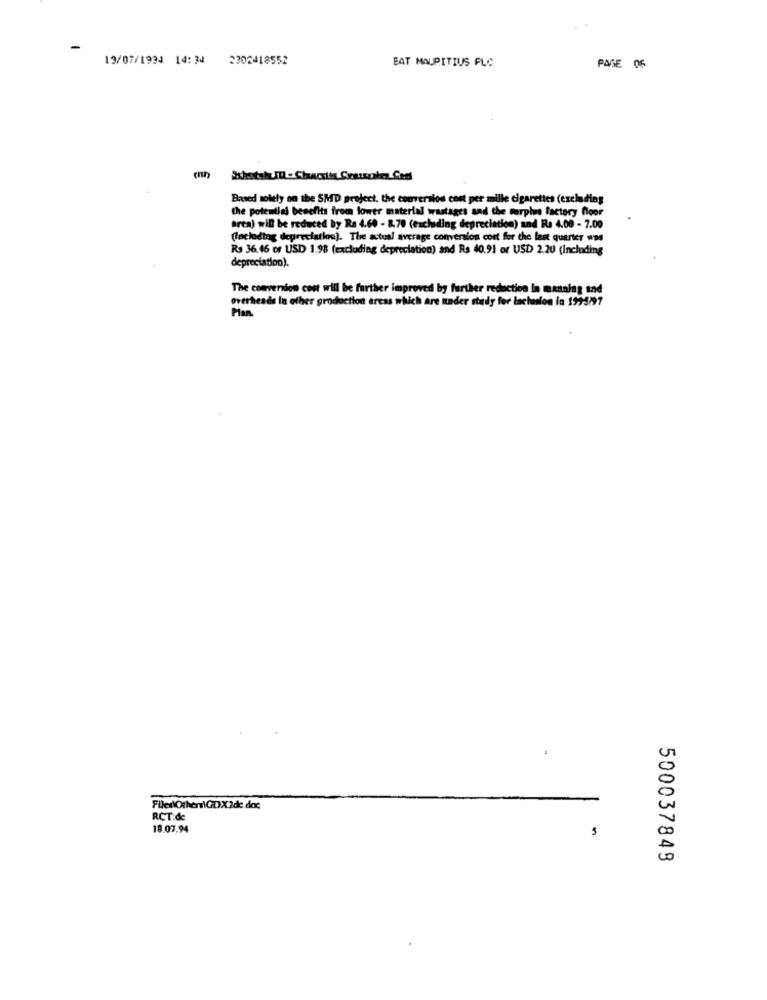
19/07/1994 14:34
2302418552
EAT MAURITIUS FLC
PAGE OF
Based solely on the SMD project. the conversion cost per mille cigarettes (excluding
the potential benefits from lower material wastages and the terpins factory floor
area) will be reduced by Ra 4.64 - 8.70 (excluding depreciation) and Rs 4.00 - 7.00
(locladtag depreciation). The actual average conversion cost for the last quarter was
Rs 36.46 or USD 1.98 (excluding depreciation) and Rs 40.91 or USD 2.20 (Including
depreciation).
The conversion con will be further improved by further reduction in manning and
overheads In other production areas which are under study for lachaslon in 1995/97
Files\Otherr\GDX2de doc
RCT.de
18.07.94
500037849